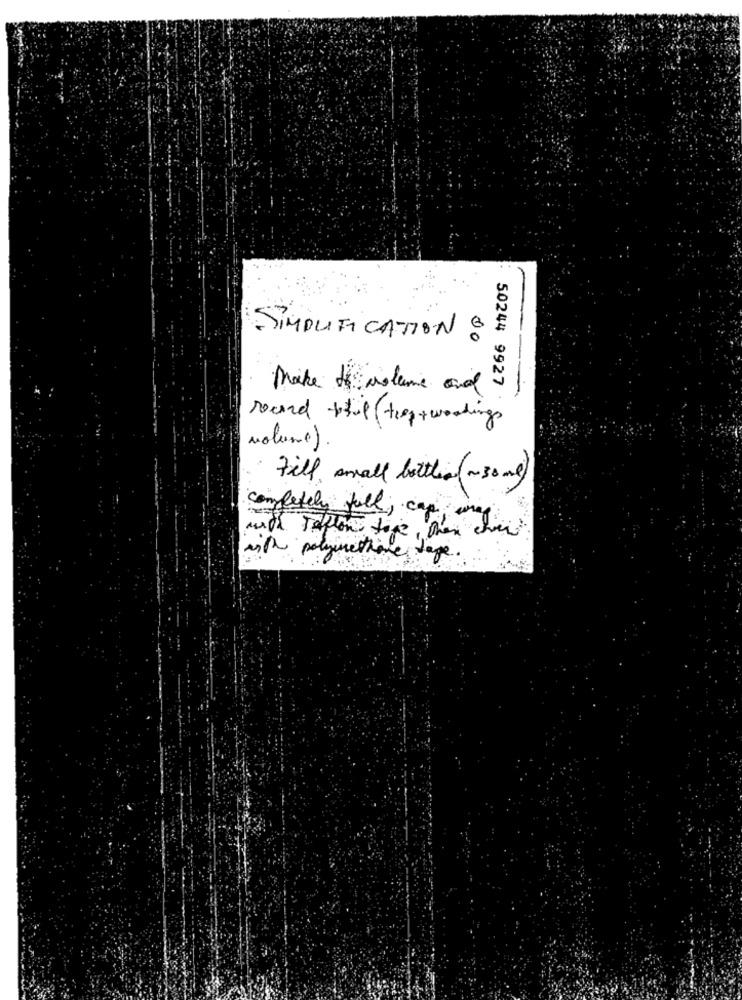
SIMPLIFICATION 8
Make the volume and
-
50244 9927 .
record trip trap +woodings
volume).
Fill small bottle(~30 ml)
completely full, cap, unag
with Teflon tape, then che
with polyurethane tage.